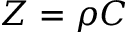
Z = \rho C